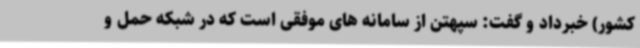
کشور) خبرداد و گفت: سپهتن از سامانه های موفقی است که در شبکه حمل و